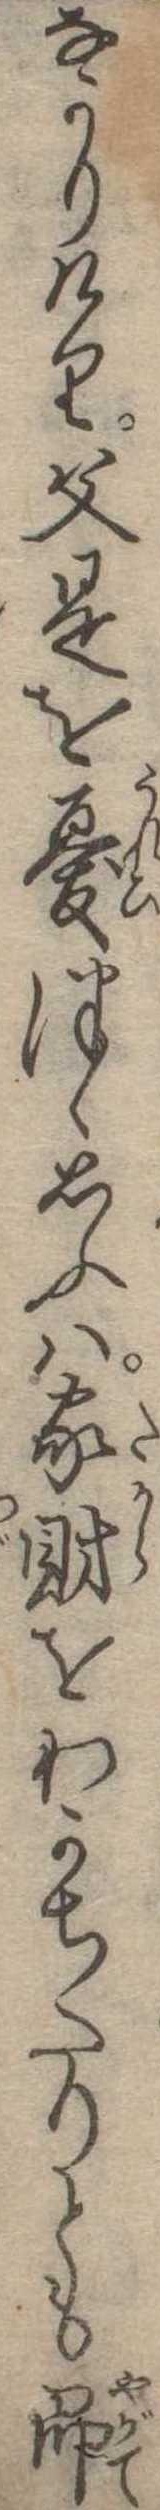
なかりけり父是を憂つゝ思ふは家財をわかちたりとも即